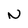
Character: N